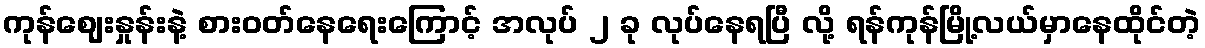
ကုန်ဈေးနှုန်းနဲ့ စားဝတ်နေရေးကြောင့် အလုပ် ၂ ခု လုပ်နေရပြီ လို့ ရန်ကုန်မြို့လယ်မှာနေထိုင်တဲ့